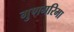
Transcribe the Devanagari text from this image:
गुणगरिमा